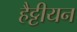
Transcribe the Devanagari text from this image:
हैट्टीयन